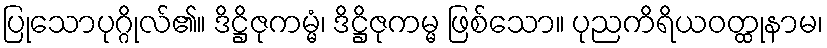
ပြုသောပုဂ္ဂိုလ်၏။ ဒိဋ္ဌိဇုကမ္မံ၊ ဒိဋ္ဌိဇုကမ္မ ဖြစ်သော။ ပုညကိရိယဝတ္ထုနာမ၊